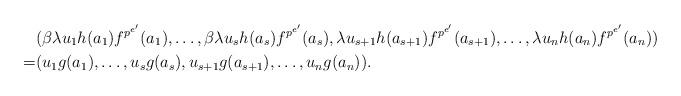
LaTeX: \begin{align*}& (\beta \lambda u_1h(a_1)f^{p^{e'}}(a_1),\dots,\beta \lambda u_sh(a_s)f^{p^{e'}}(a_s),\lambda u_{s+1}h(a_{s+1})f^{p^{e'}}(a_{s+1}),\dots, \lambda u_nh(a_n)f^{p^{e'}}(a_n))\\= & (u_1g(a_1),\dots,u_sg(a_s),u_{s+1}g(a_{s+1}),\dots,u_ng(a_n)).\end{align*}